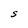
Character: S